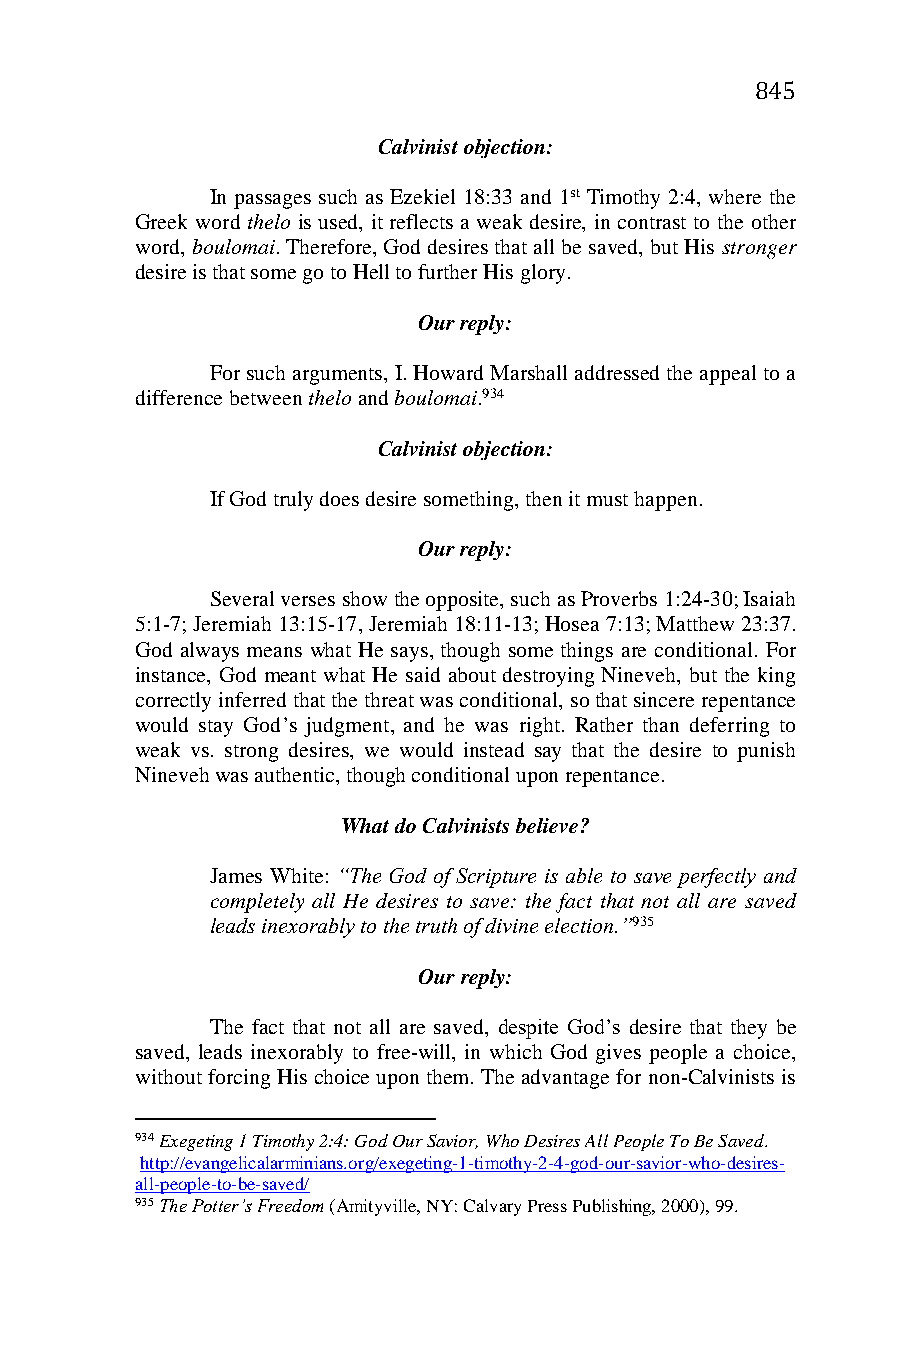
845
 Calvinist objection:
 In passages such as Ezekiel 18:33 and 1st Timothy 2:4, where the
 Greek word thelo is used, it reflects a weak desire, in contrast to the other
 word, boulomai. Therefore, God desires that all be saved, but His stronger
 desire is that some go to Hell to further His glory.
 Our reply:
 For such arguments, I. Howard Marshall addressed the appeal to a
 difference between thelo and boulomai.934
 Calvinist objection:
 If God truly does desire something, then it must happen.
 Our reply:
 Several verses show the opposite, such as Proverbs 1:24-30; Isaiah
 5:1-7; Jeremiah 13:15-17, Jeremiah 18:11-13; Hosea 7:13; Matthew 23:37.
 God always means what He says, though some things are conditional. For
 instance, God meant what He said about destroying Nineveh, but the king
 correctly inferred that the threat was conditional, so that sincere repentance
 would stay God’s judgment, and he was right. Rather than deferring to
 weak vs. strong desires, we would instead say that the desire to punish
 Nineveh was authentic, though conditional upon repentance.
 What do Calvinists believe?
 James White: “The God of Scripture is able to save perfectly and
 completely all He desires to save: the fact that not all are saved
 leads inexorably to the truth of divine election.”935
 Our reply:
 The fact that not all are saved, despite God’s desire that they be
 saved, leads inexorably to free-will, in which God gives people a choice,
 without forcing His choice upon them. The advantage for non-Calvinists is
 934 Exegeting 1 Timothy 2:4: God Our Savior, Who Desires All People To Be Saved.
 http://evangelicalarminians.org/exegeting-1-timothy-2-4-god-our-savior-who-desires-
 all-people-to-be-saved/
 935 The Potter’s Freedom (Amityville, NY: Calvary Press Publishing, 2000), 99.